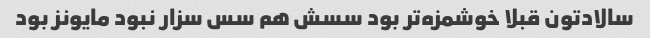
سالادتون قبلا خوشمزه‌تر بود سسش هم سس سزار نبود مایونز بود